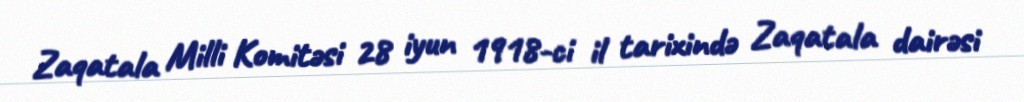
Zaqatala Milli Komitəsi 28 iyun 1918-ci il tarixində Zaqatala dairəsi